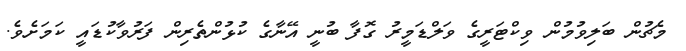
މެޗުން ބަލިވުމުން ވިކްޓަރީގެ ވަލްޑަމީރު ގޮފާ ބުނީ އޭނާގެ ކުޅުންތެރިން ފަރުވާކުޑައީ ކަމަށެވެ.